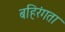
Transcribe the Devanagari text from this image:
बहिरंगता